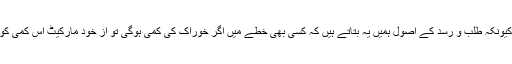
بجٹ چونکہ ڈیمانڈ اور سپلائی کے روایتی اصولوں کے مطابق بنایا جاتا ہے کہ اس لئے سفاک ہوتا ہے کیونکہ طلب و رسد کے اصول ہمیں یہ بتاتے ہیں کہ کسی بھی خطے میں اگر خوراک کی کمی ہوگی تو از خود مارکیٹ اس کمی کو پورا کرلے گی جبکہ ایسا نہیں ہوتا، مارکیٹ پیسے پر چلتی ہے انسانی ضرورتوں پر ترس نہیں کھاتی۔